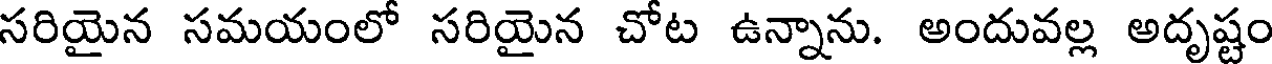
సరియైన సమయంలో సరియైన చోట ఉన్నాను. అందువల్ల అదృష్టం